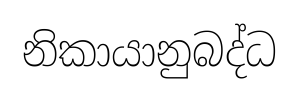
නිකායානුබද්ධ